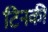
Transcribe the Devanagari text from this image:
टिनकी